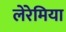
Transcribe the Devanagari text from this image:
लेरेमिया